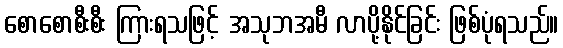
စောစောစီးစီး ကြားရသဖြင့် အသုဘအမီ လာပို့နိုင်ခြင်း ဖြစ်ပုံရသည်။